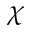
\chi